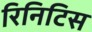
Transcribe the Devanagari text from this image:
रिनिटिस